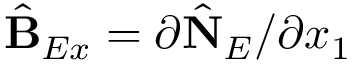
\hat { \bf B } _ { E x } = \partial \hat { \bf N } _ { E } / \partial x _ { 1 }